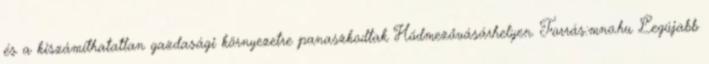
és a kiszámíthatatlan gazdasági környezetre panaszkodtak Hódmezővásárhelyen. Forrás:mno.hu Legújabb